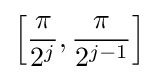
\left[{\frac {\pi }{2^{j}}},{\frac {\pi }{2^{j-1}}}\right]